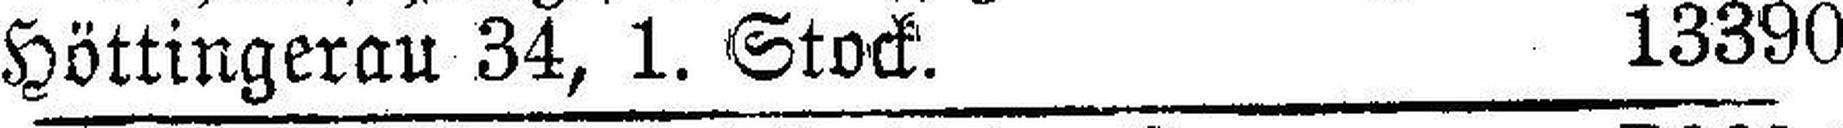
Höttingerau 34, 1. Stock. 13390